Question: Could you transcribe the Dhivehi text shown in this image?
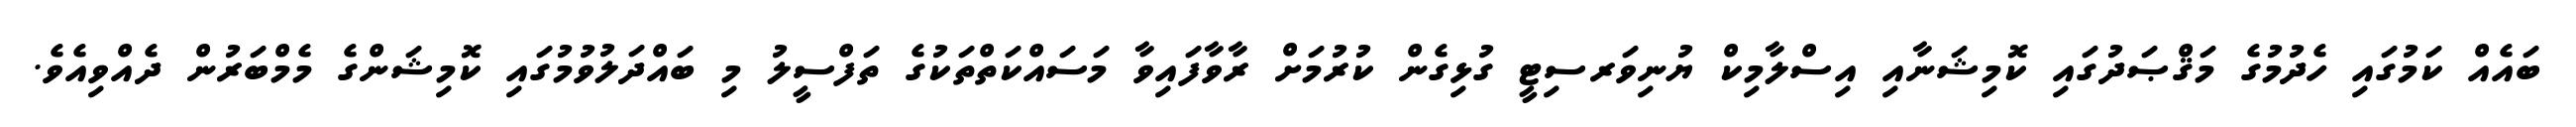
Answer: ބައެއް ކަމުގައި ހެދުމުގެ މަޤްޞަދުގައި ކޮމިޝަނާއި އިސްލާމިކް ޔުނިވަރސިޓީ ގުޅިގެން ކުރުމަށް ރާވާފައިވާ މަސައްކަތްތަކުގެ ތަފްސީލު މި ބައްދަލުވުމުގައި ކޮމިޝަންގެ މެމްބަރުން ދެއްވިއެވެ.